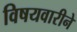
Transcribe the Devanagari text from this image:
विषयवारीने